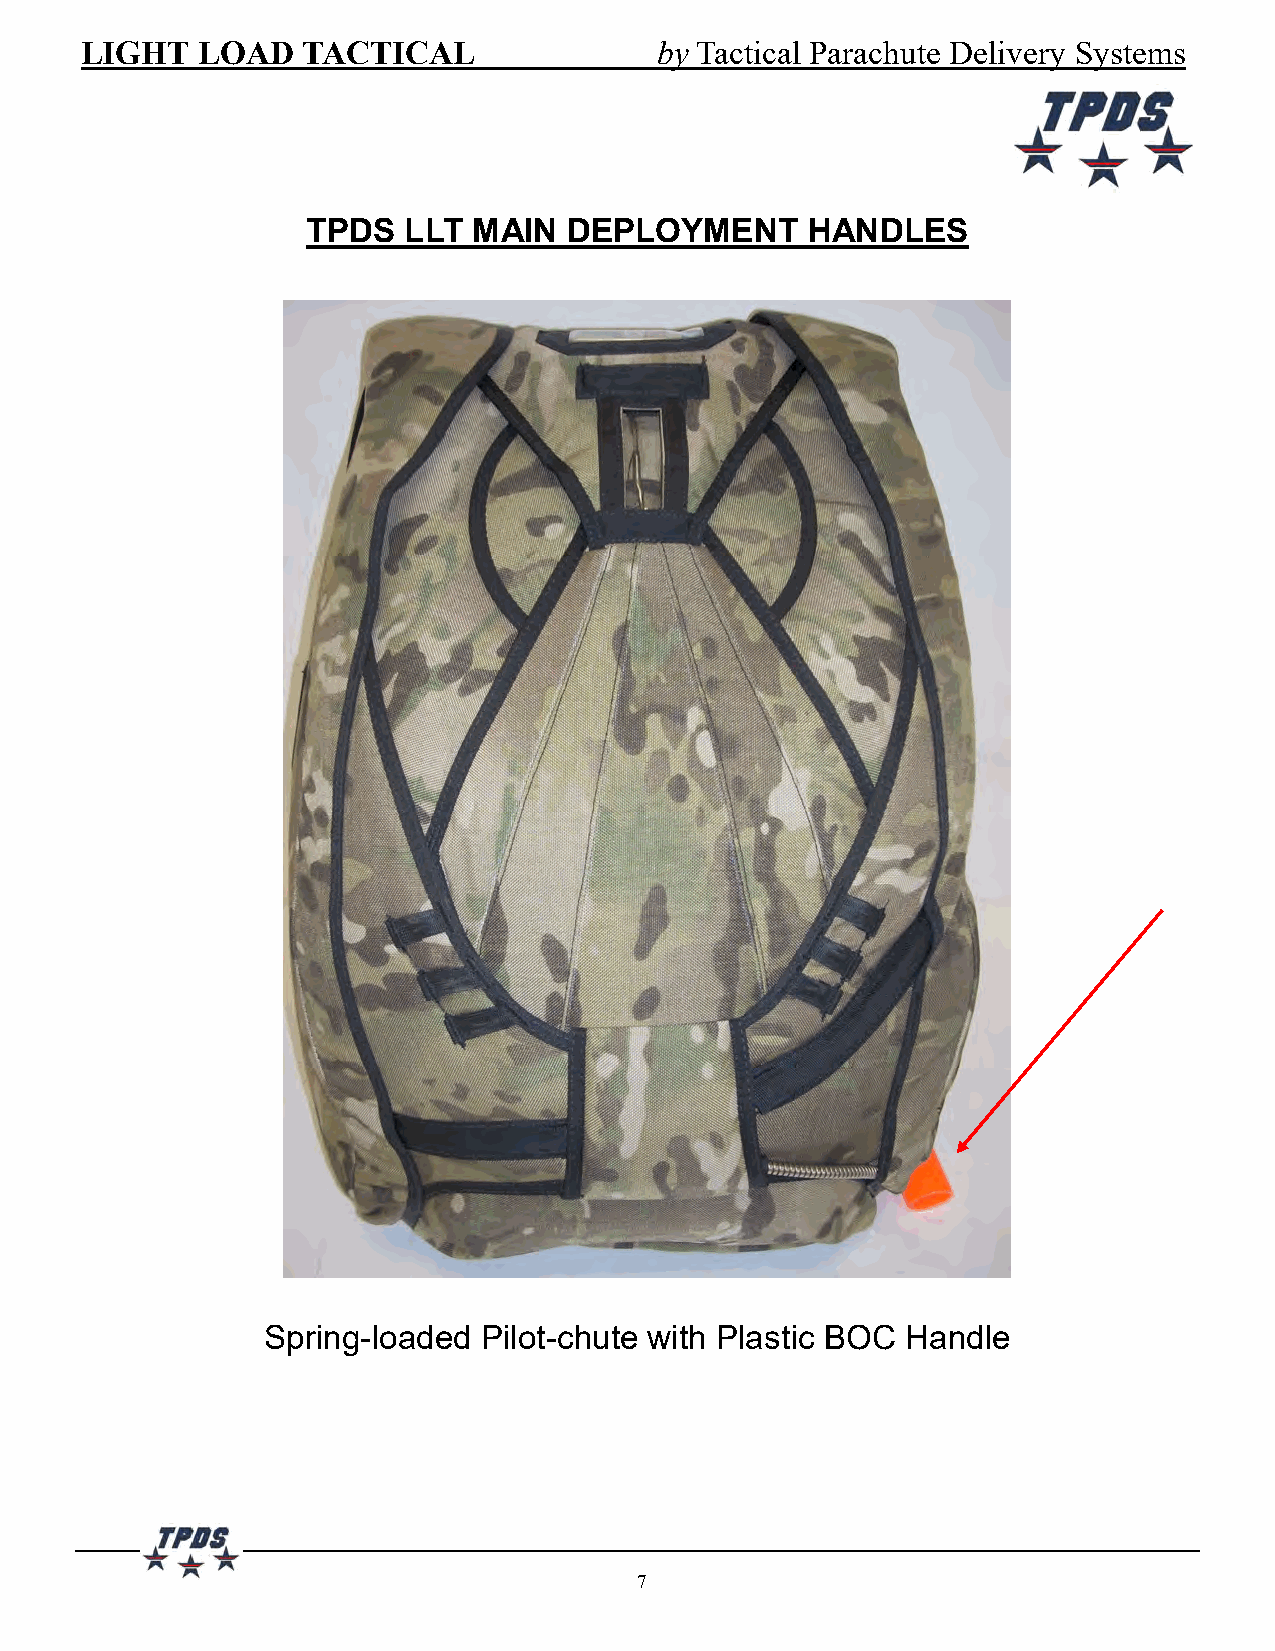
LIGHT   LOAD   TACTICAL               by Tactical Parachute Delivery Systems
 TPDS   LLT MAIN   DEPLOYMENT     HANDLES
 Spring-loaded  Pilot-chute with Plastic BOC Handle
 7